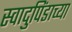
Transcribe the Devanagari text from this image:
स्वादुपिंडाच्या